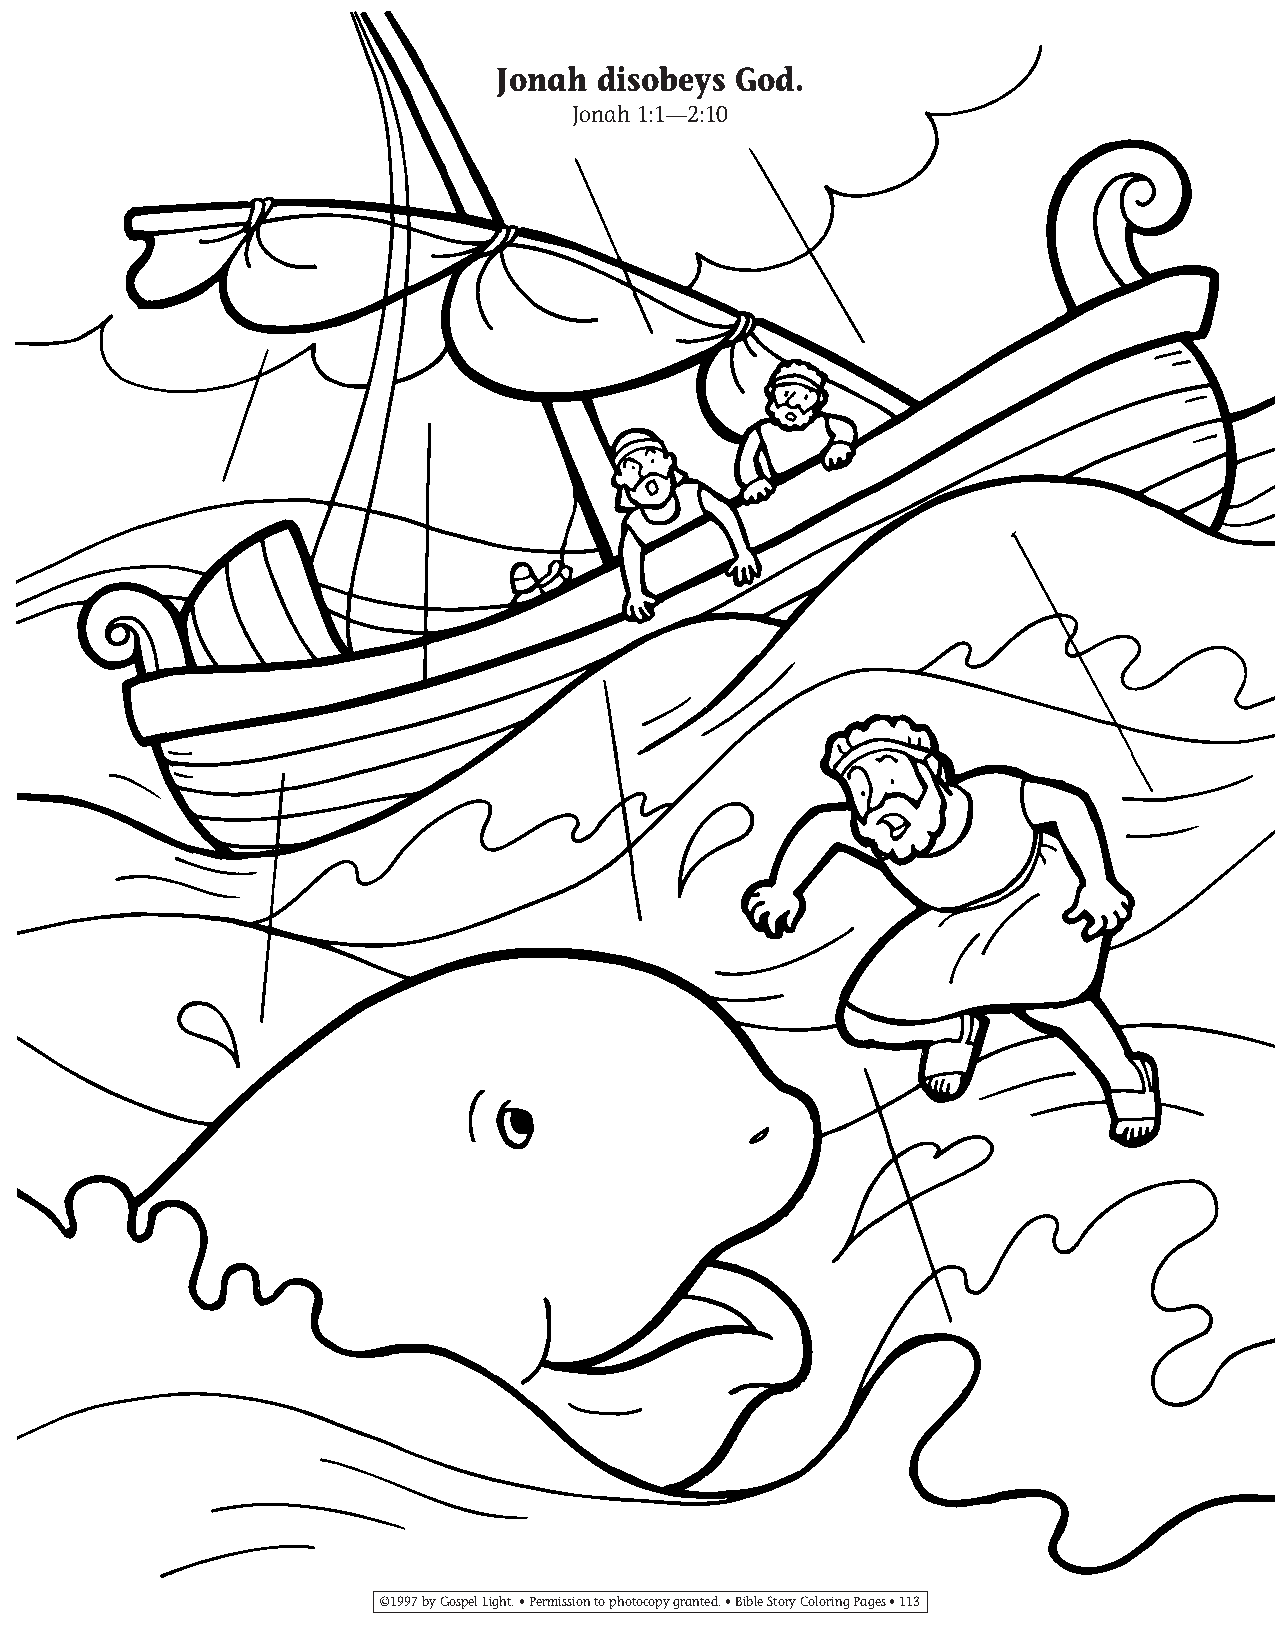
095-124 Coloring pgs_095-124 Coloring pgs 2/19/14 11:48 AM Page 113
 Jonah  disobeys God.
 Jonah 1:1—2:10
 ©1997 by Gospel Light. • Permission to photocopy granted. • Bible Story Coloring Pages • 113